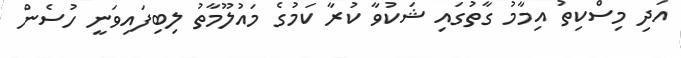
އަދި މިސްކިތު އިމާމު ގާތުގައި ޝަކުވާ ކުރާ ކަމުގެ މައުލޫމާތު ލިބިފައިވަނީ ހުސެން